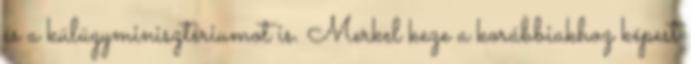
és a külügyminisztériumot is. Merkel keze a korábbiakhoz képest